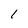
Character: 1